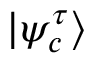
| \psi _ { c } ^ { \tau } \rangle